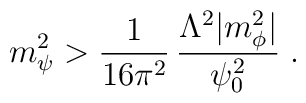
m_{\psi}^2 > \frac{1}{16\pi^2}\, \frac{\Lambda^2 |m_{\phi}^2|}{\psi_0^2} \;.